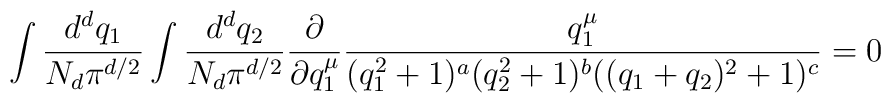
\int \frac{d^dq_1}{ N_d \pi^{d/2}} \int \frac{d^dq_2}{ N_d \pi^{d/2}}\frac{\partial}{ \partial q_1^{\mu}}   \frac{q_1^{\mu}}{ (q_1^2 + 1)^a (q_2^2 + 1)^b ((q_1+q_2)^2 + 1)^c } = 0